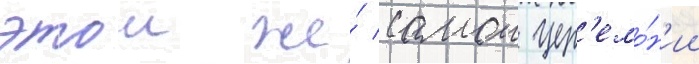
этои же́ самои цер'емо́н'ии